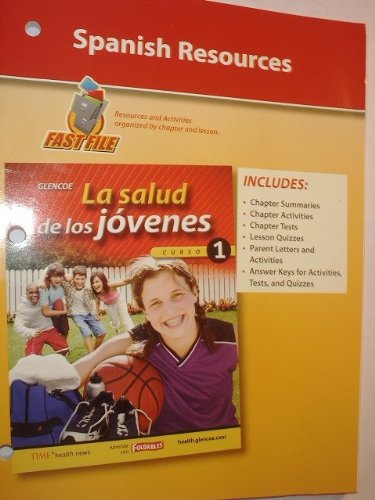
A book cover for Glencoe Teen Health Course 1 Spanish Resources Fast File; Glencoe; Health, Fitness & Dieting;